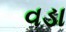
વડા